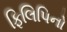
ફિલિપિનો